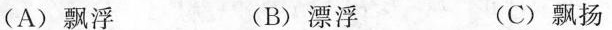
(A)飘浮 (B)漂浮 (C)飘扬